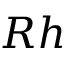
R h